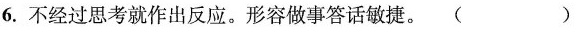
6.不经过思考就作出反应。形容做事答话敏捷。 （ ）